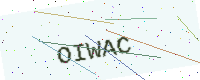
Text: OIWAC